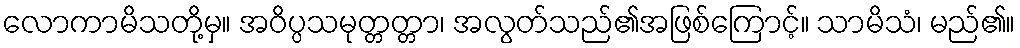
လောကာမိသတို့မှ။ အဝိပ္ပသမုတ္တတ္တာ၊ အလွတ်သည်၏အဖြစ်ကြောင့်။ သာမိသံ၊ မည်၏။